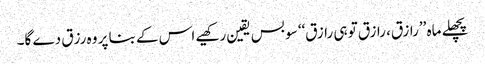
پچھلے ماہ ’’رازق، رازق تو ہی رازق‘‘ سو بس یقین رکھیے اس کے بنا پر وہ رزق دے گا۔